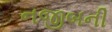
નજીબની